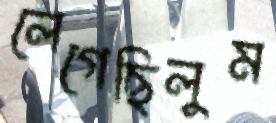
লেগেছিলুম